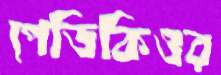
পেডিকিওর